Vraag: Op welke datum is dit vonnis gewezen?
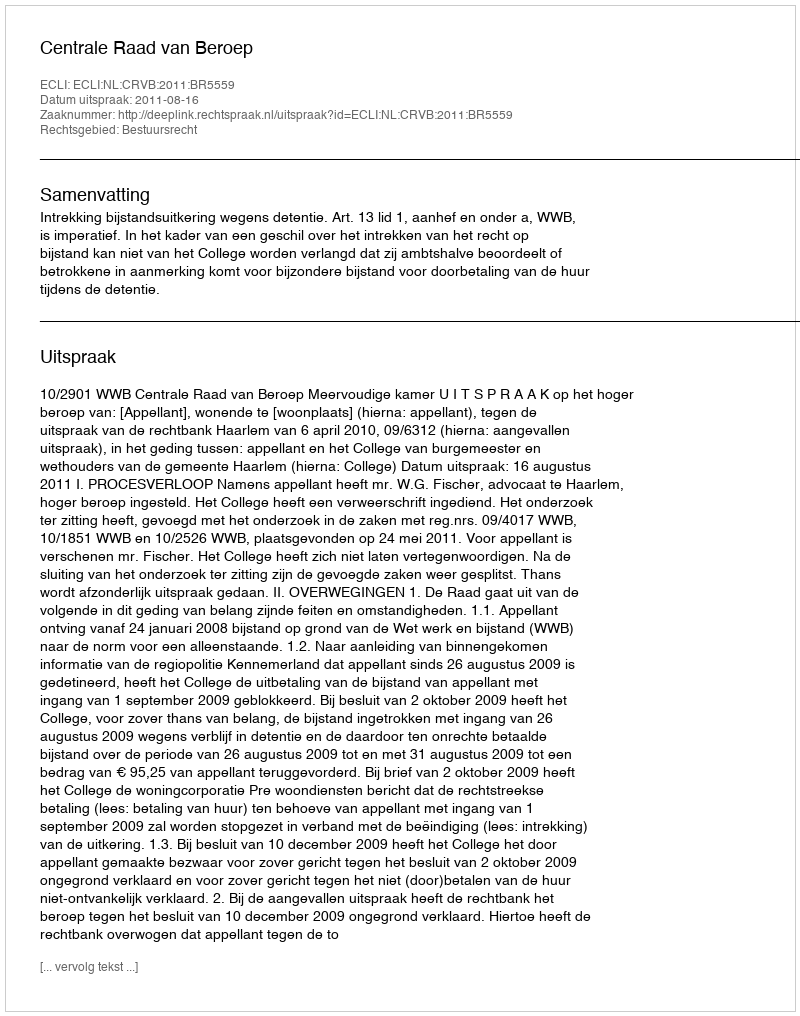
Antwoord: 2011-08-16